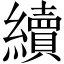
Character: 續